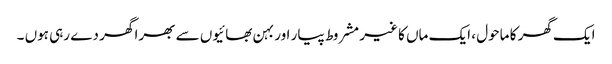
ایک گھر کا ماحول ، ایک ماں کا غیر مشروط پیار اور بہن بھائیوں سے بھرا گھر دے رہی ہوں ۔